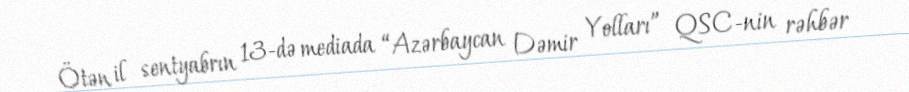
Ötən il sentyabrın 13-də mediada “Azərbaycan Dəmir Yolları” QSC-nin rəhbər